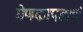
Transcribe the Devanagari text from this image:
मेणकापडाचं